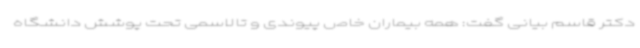
دکتر قاسم بیانی گفت: همه بیماران خاص پیوندی و تالاسمی تحت پوشش دانشگاه